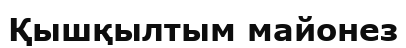
Қышқылтым майонез